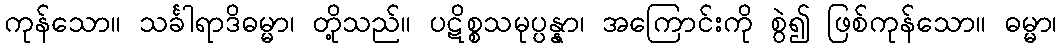
ကုန်သော။ သင်္ခါရာဒိဓမ္မာ၊ တို့သည်။ ပဋိစ္စသမုပ္ပန္နာ၊ အကြောင်းကို စွဲ၍ ဖြစ်ကုန်သော။ ဓမ္မာ၊